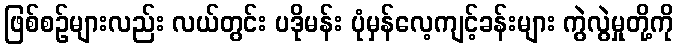
ဖြစ်စဉ်များလည်း လယ်တွင်း ပဒိုမန်း ပုံမှန်လေ့ကျင့်ခန်းများ ကွဲလွဲမှုတို့ကို